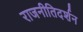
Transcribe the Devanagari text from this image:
राजनीतिदर्शन